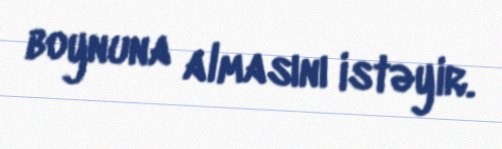
boynuna almasını istəyir.